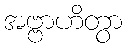
အဗ္ဗာဟိတွာ